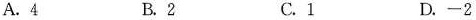
A.4 B.2 C.1 D.-2